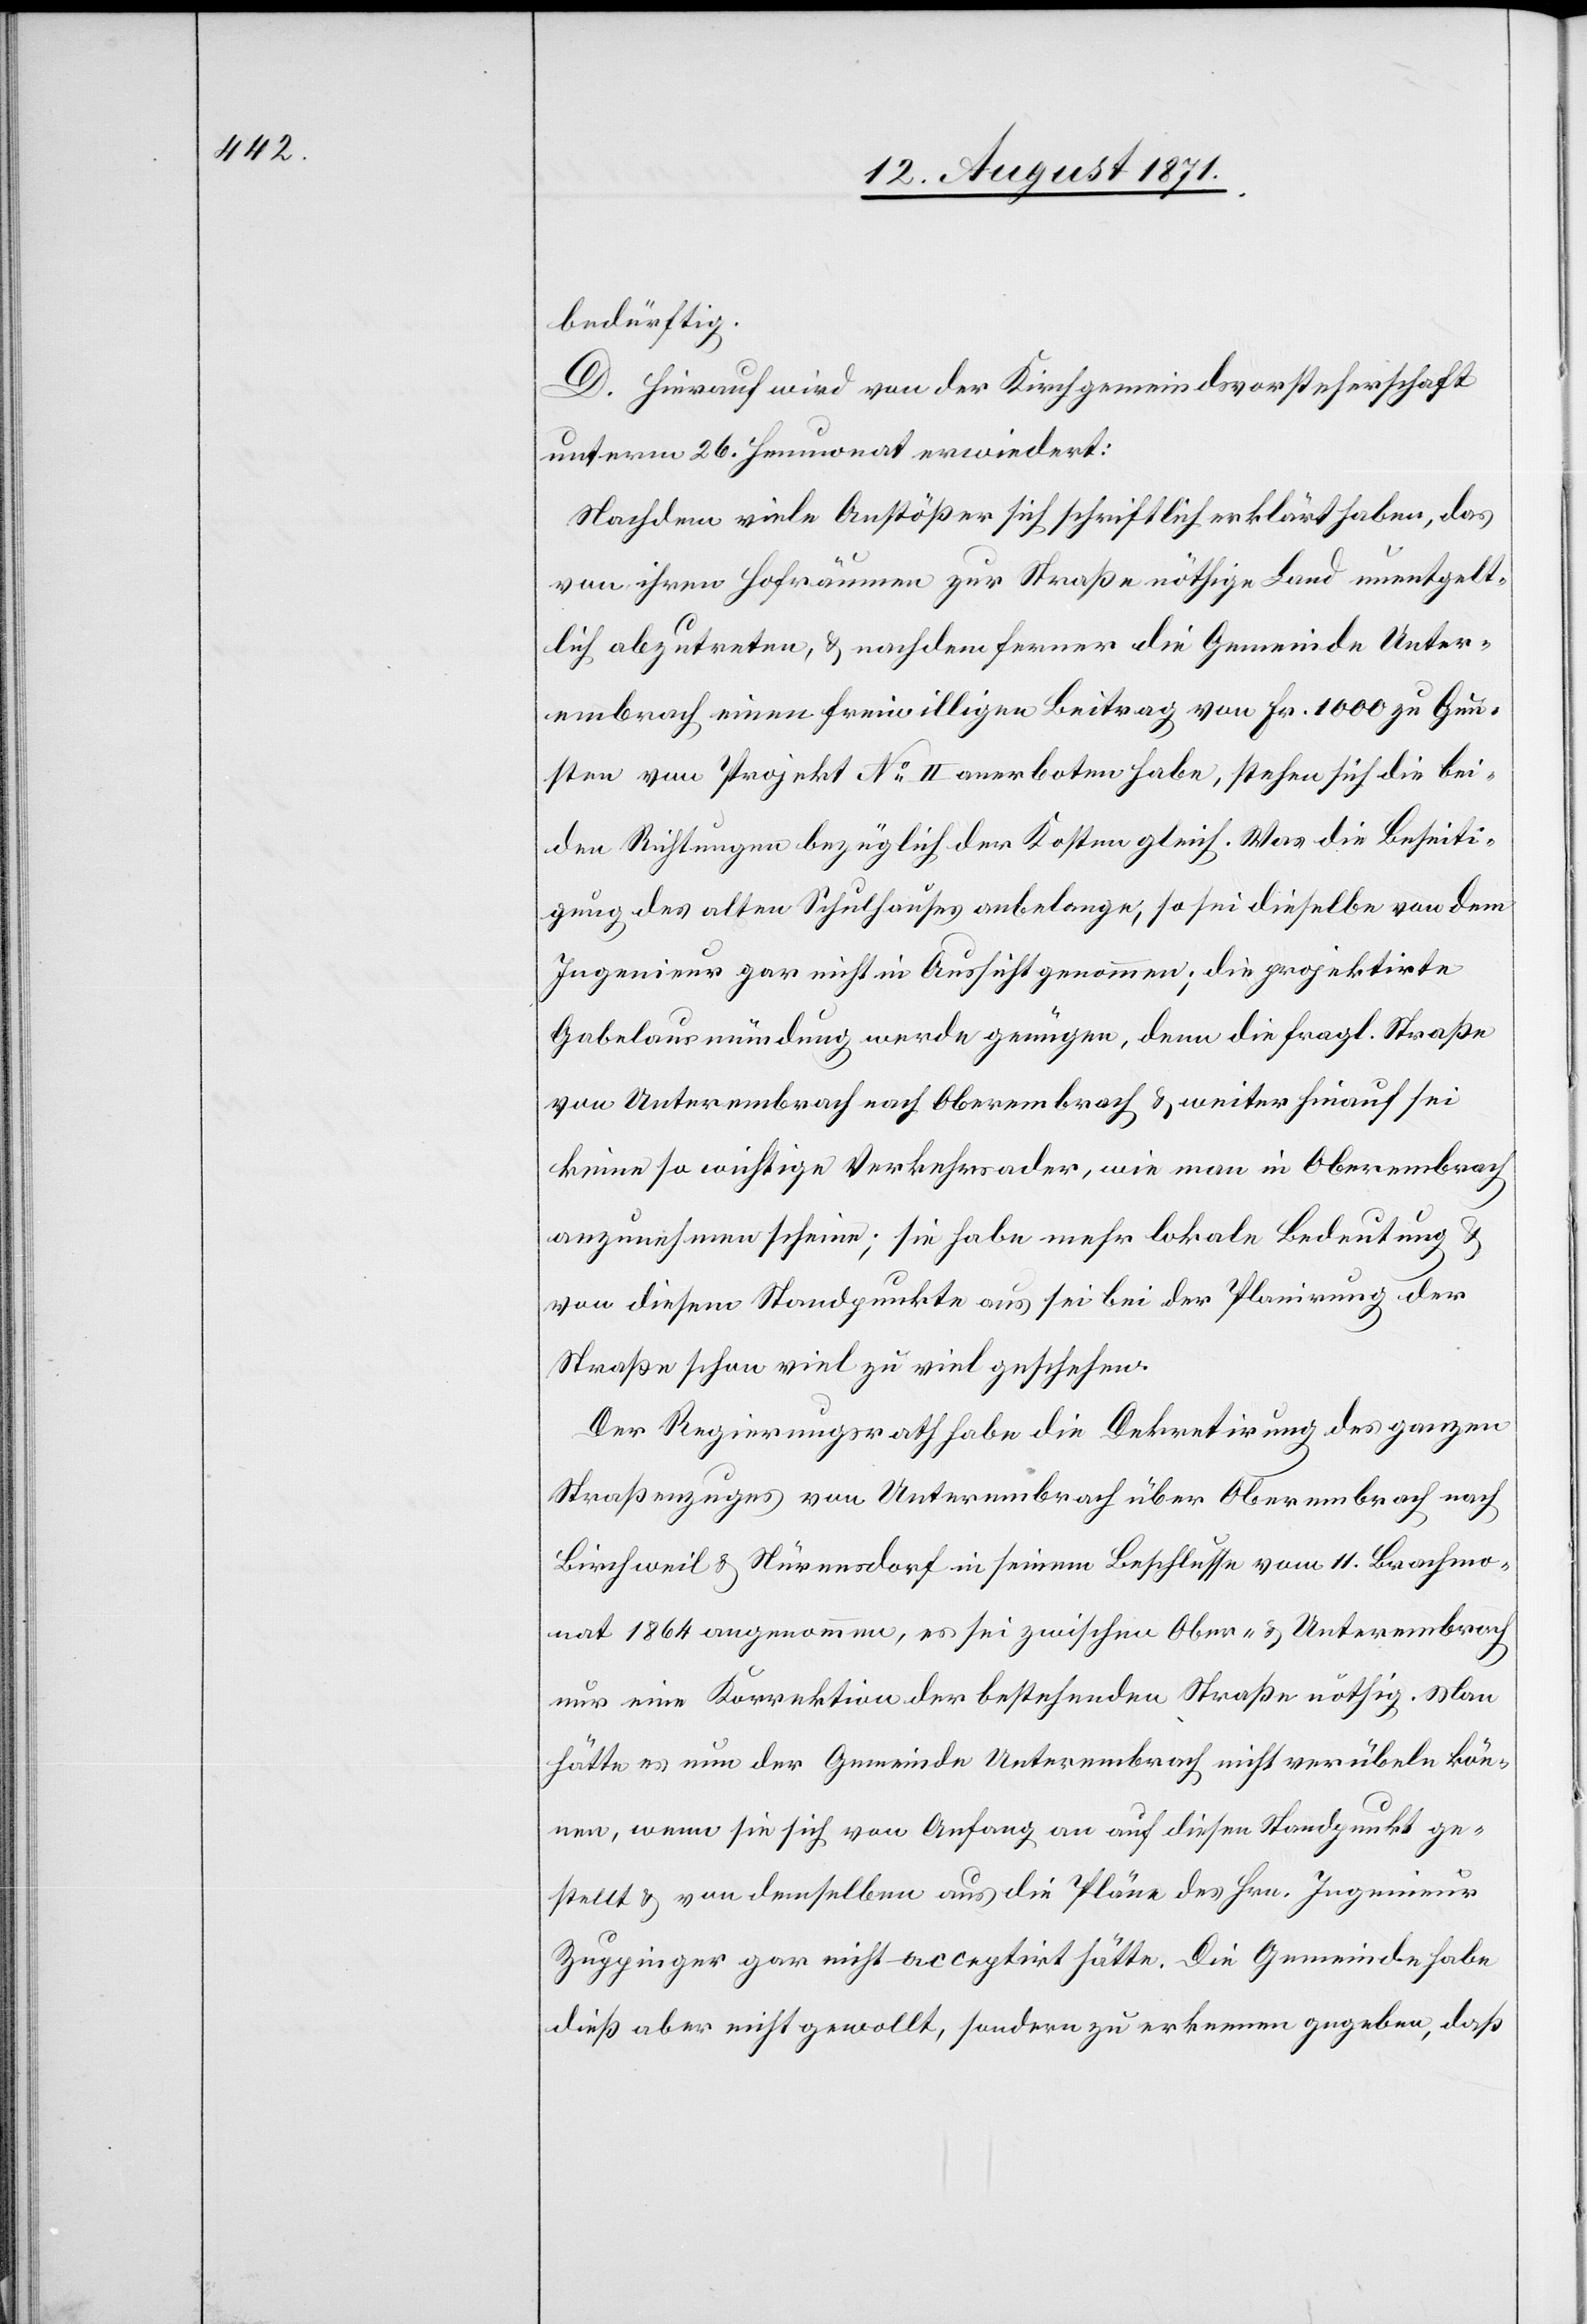
bedürftig.
D. Hierauf wird von der Kirchgemeindsvorsteherschaft
unterm 26. Heumonat erwiedert:
Nachdem viele Anstößer sich schriftlich erklärt haben, das
von ihren Hofräumen zur Straße nöthige Land unentgelt¬
lich abzutreten, & nachdem ferner die Gemeinde Unter¬
embrach einen freiwilligen Beitrag von Fr. 1000 zu Gun¬
sten von Projekt No°II anerboten habe, stehen sich die bei¬
den Richtungen bezüglich der Kosten gleich. Was die Beseiti¬
gung des alten Schulhauses anbelange, so sei dieselbe von dem
Ingenieur gar nicht in Aussicht genommen; die projektirte
Gabelausmündung werde genügen, denn die fragl. Straße
von Unterembrach nach Oberembrach & weiter hinauf sei
keine so wichtige Verkehrsader, wie man in Oberembrach
anzunehmen scheine; sie habe mehr lokale Bedeutung &
von diesem Standpunkte aus sei bei der Planung der
Straße schon viel zu viel geschehen.
Der Regierungsrath habe die Dekretirung des ganzen
Straßenzuges von Unterembrach über Oberembrach nach
Birchweil & Nürensdorf in seinem Beschlusse vom 11. Brachmo¬
nat 1864 angenommen, es sei zwischen Ober- & Unterembrach
nur eine Korrektion der bestehenden Straße nöthig. Man
hätte es nun der Gemeinde Unterembrach nicht verübeln kön¬
nen, wenn sie sich von Anfang an auf diesen Standpunkt ge¬
stellt & von demselben aus die Pläne des Hrn. Ingenieur
Zuppinger gar nicht acceptirt hätte. Die Gemeinde habe
dieß aber nicht gewollt, sondern zu erkennen gegeben, daß